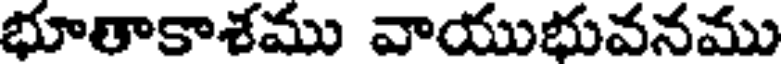
భూతాకాశము వాయుభువనము